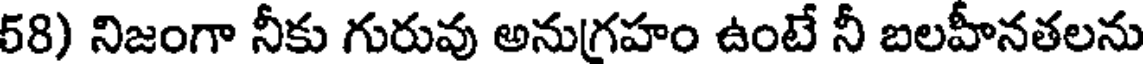
58) నిజంగా నీకు గురువు అనుగ్రహం ఉంటే నీ బలహీనతలను